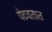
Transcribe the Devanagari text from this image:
पेटवतात